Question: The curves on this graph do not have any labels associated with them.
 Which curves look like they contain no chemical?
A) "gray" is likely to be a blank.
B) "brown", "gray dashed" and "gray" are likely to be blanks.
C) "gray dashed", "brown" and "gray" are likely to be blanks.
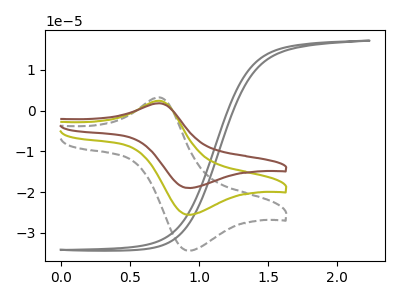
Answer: <think>The gray curve "gray" has no peaks. The gray dashed curve "gray dashed" has an anodic peak at (0.70V, 3.25uA) and a cathodic peak at (0.90V, -34.35uA). The olive curve "olive" has an anodic peak at (0.70V, 2.40uA) and a cathodic peak at (0.90V, -25.55uA). The brown curve "brown" has an anodic peak at (0.70V, 4.80uA) and a cathodic peak at (0.90V, -51.10uA).</think>
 <answer>A) "gray" is likely to be a blank.</answer>
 <eval>A</eval>